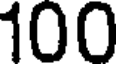
100